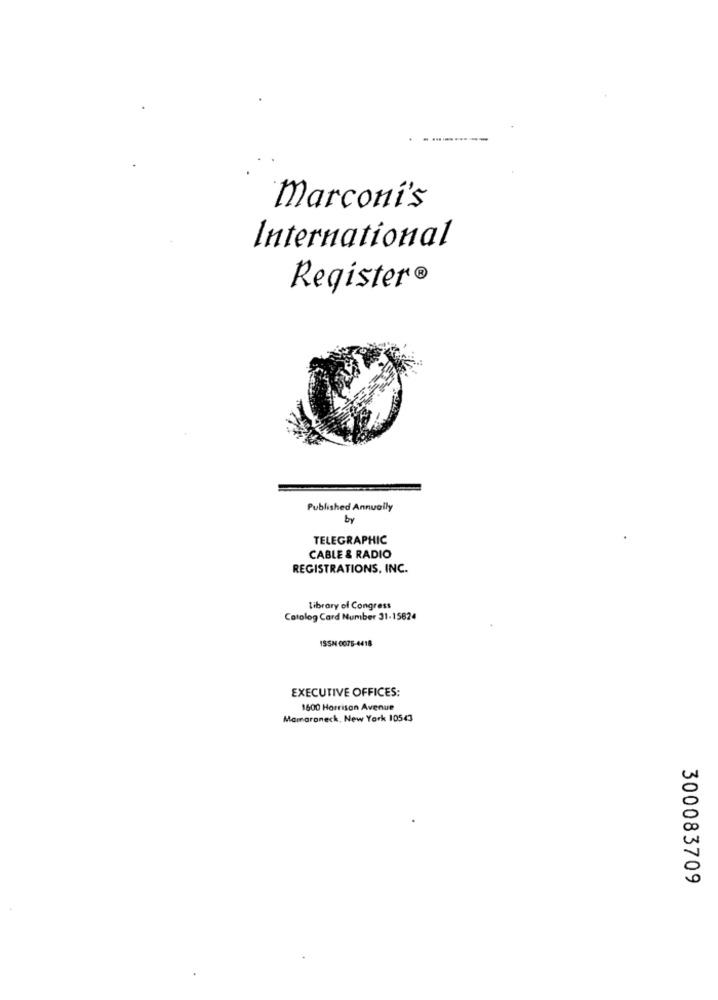
marconi's
International
Register®
Published Annually
by
TELEGRAPHIC
CABLE & RADIO
REGISTRATIONS, INC.
Library of Congress
Catolog Card Number 31-15824
ISSN 0075-4418
EXECUTIVE OFFICES:
1600 Horrison Avenue
Mamaroneck, New York 10543
300083709